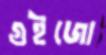
গুইজো